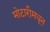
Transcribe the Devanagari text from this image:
मोटारीमधून